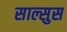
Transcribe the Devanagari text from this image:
साल्सुस